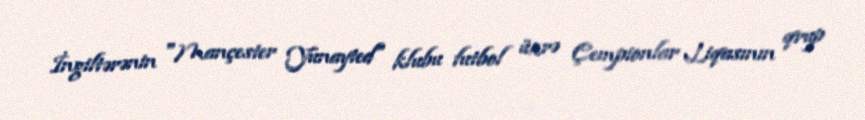
İngiltərənin "Mançester Yunayted" klubu futbol üzrə Çempionlar Liqasının qrup